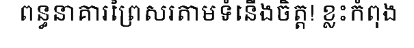
ពន្ធនាគារព្រៃសរតាមទំនើងចិត្ត! ខ្លះកំពុង